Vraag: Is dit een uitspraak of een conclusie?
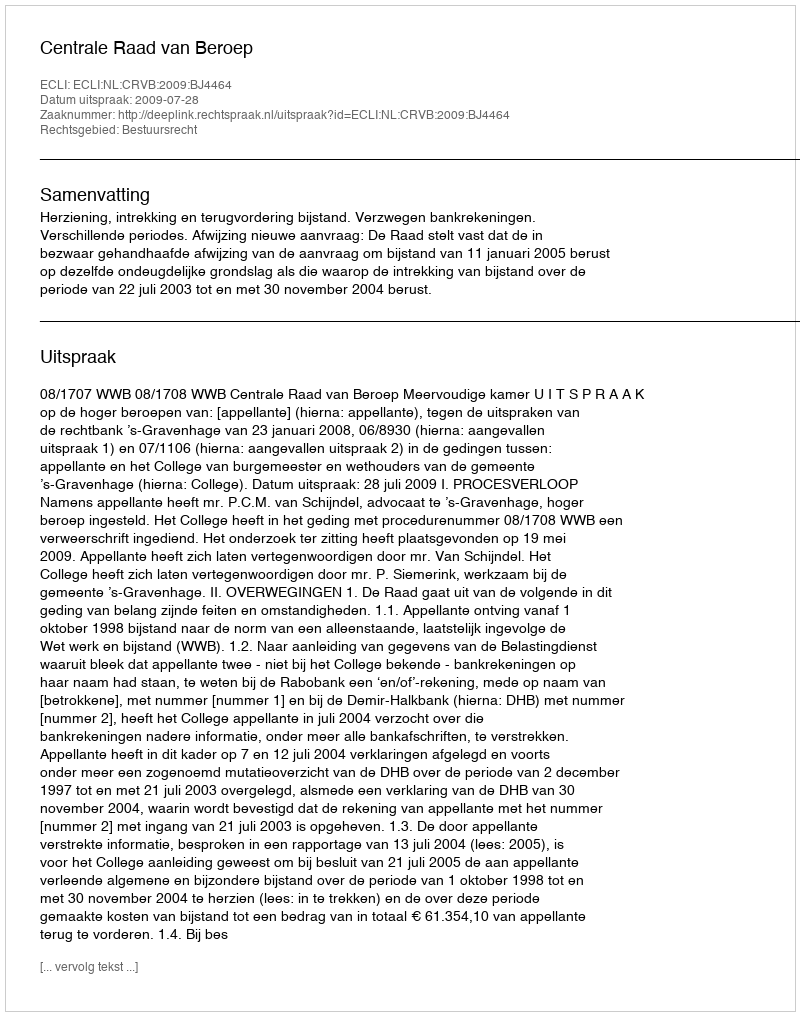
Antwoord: Uitspraak